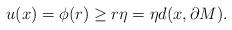
LaTeX: \begin{align*}u(x)=\phi (r )\ge r \eta =\eta d(x,\partial M ).\end{align*}